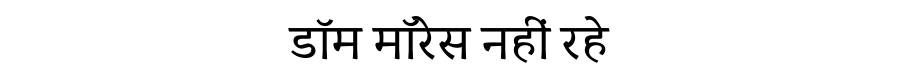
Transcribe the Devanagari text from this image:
डॉम मॉरेस नहीं रहे